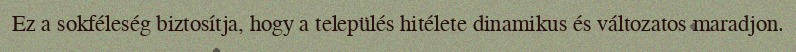
Ez a sokféleség biztosítja, hogy a település hitélete dinamikus és változatos maradjon.